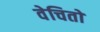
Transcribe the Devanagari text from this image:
वेचितो